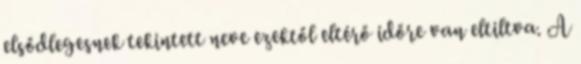
elsődlegesnek tekintett neve ezektől eltérő időre van eltiltva. A